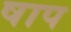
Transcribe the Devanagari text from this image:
षाप